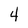
Character: 4